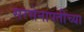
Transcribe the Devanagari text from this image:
सरसेनापतीच्या